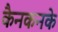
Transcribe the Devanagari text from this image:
कैनकनके